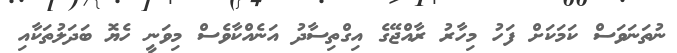
ނުތަނަވަސް ކަމަކަށް ފަހު މިހާރު ރާއްޖޭގެ އިގްތިސާދު އަނެއްކާވެސް މިވަނީ ހެޔޮ ބަދަލުތަކާއި